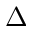
\Delta